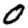
Digit: 0